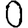
Digit: 0